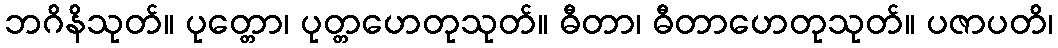
ဘဂိနိသုတ်။ ပုတ္တော၊ ပုတ္တဟေတုသုတ်။ ဓီတာ၊ ဓီတာဟေတုသုတ်။ ပဇာပတိ၊